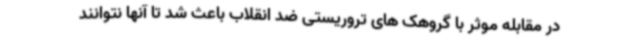
در مقابله موثر با گروهک های تروریستی ضد انقلاب باعث شد تا آنها نتوانند